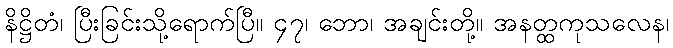
နိဋ္ဌိတံ၊ ပြီးခြင်းသို့ရောက်ပြီ။ ၄၇၊ ဘော၊ အချင်းတို့။ အနတ္ထကုသလေန၊